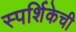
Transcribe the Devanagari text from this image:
स्पर्शिकेची